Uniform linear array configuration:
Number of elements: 48
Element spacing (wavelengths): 1
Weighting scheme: hamming
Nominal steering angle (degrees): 30
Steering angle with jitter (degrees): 28.587
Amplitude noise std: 0.05
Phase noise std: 0.05

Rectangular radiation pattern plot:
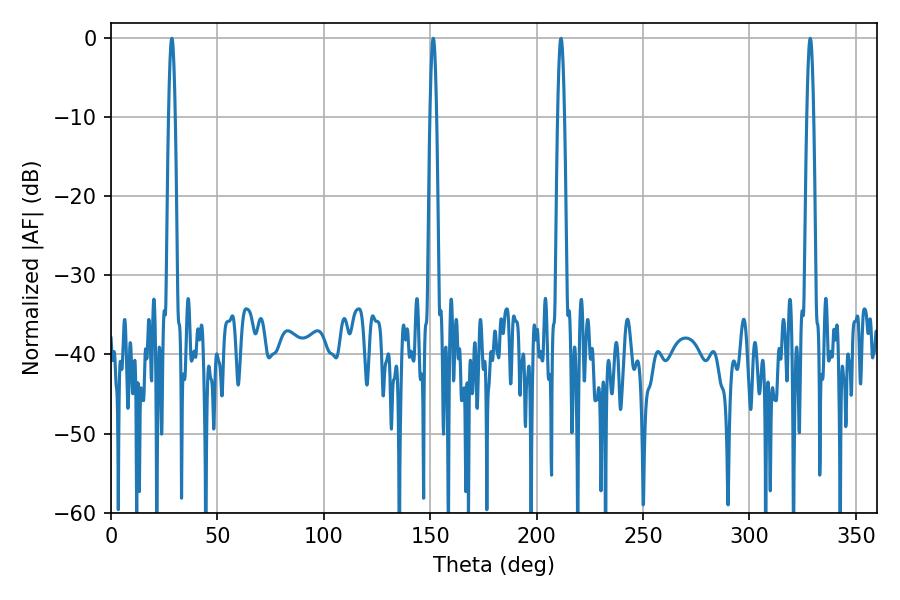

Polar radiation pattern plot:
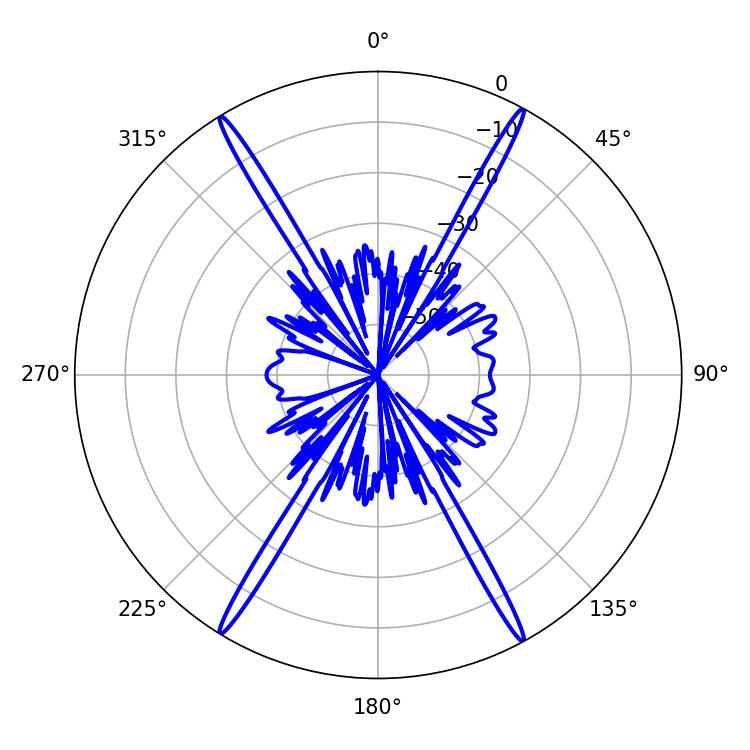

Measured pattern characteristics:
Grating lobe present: TRUE
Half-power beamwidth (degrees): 1.62
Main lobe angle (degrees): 28.62